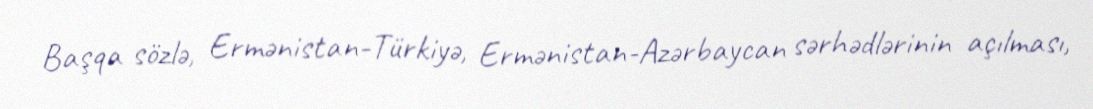
Başqa sözlə, Ermənistan-Türkiyə, Ermənistan-Azərbaycan sərhədlərinin açılması,